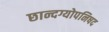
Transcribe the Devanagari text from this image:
छान्दग्योपनिषद